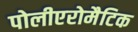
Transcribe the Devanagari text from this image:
पोलीएरोमैटिक